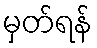
မှတ်ရန်